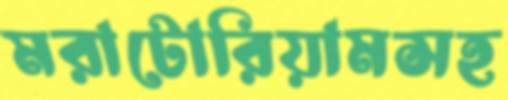
মরাটোরিয়ামসহ